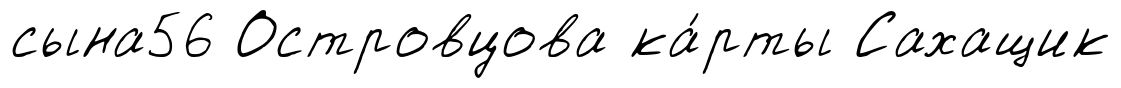
сына56 Островцова ка́рты Сахащик